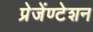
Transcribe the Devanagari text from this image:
प्रेजेंण्टेशन